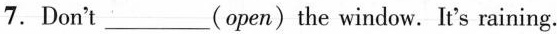
7.Don't ___(open)the window. It's raining.